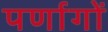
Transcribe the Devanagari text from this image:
पर्णागों